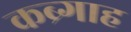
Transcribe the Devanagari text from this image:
कब्र्गाह